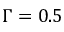
\Gamma = 0 . 5